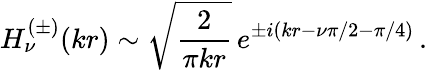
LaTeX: H_{\nu}^{(\pm)}(kr)\sim\sqrt{\frac{2}{\pi kr}}\, e^{\pm i(kr-\nu\pi/2-\pi/4)}\, .